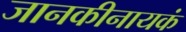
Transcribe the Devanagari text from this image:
जानकीनायकं